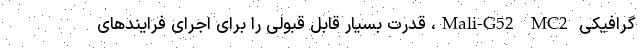
گرافیکی Mali-G52 MC2، قدرت بسیار قابل قبولی را برای اجرای فرایندهای